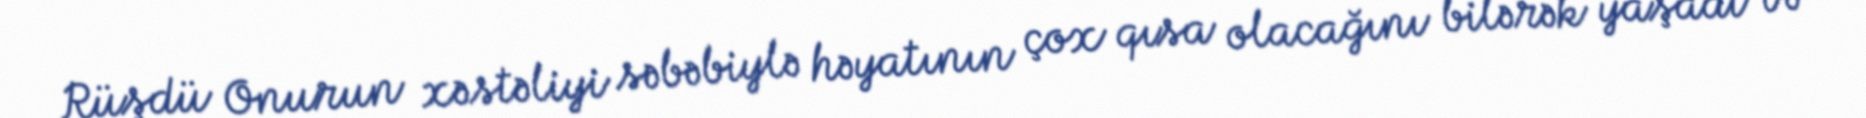
Rüşdü Onurun xəstəliyi səbəbiylə həyatının çox qısa olacağını bilərək yaşadı və